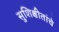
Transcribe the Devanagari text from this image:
सुशिक्षीतांचे